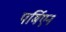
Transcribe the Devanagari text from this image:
पर्मिएन